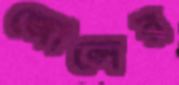
জোন্সের